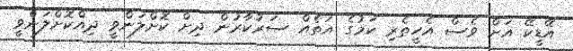
އޭޑީކޭ އަށް ވެސް އެހީތެރި ކަމުގެ އަތެއް ސަރުކާރުން ދިށް ކޮށްލަންވީ ދިއްކޮށްލަންވީ